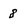
Character: 8